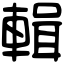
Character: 輯